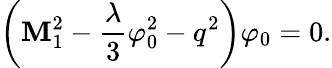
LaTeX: \left(\mathbf{M}_{1}^{2}-\frac{{\lambda}}{{3}}\varphi_{0}^{2}-q^{2}\right)\varphi_{0}=0.